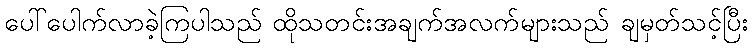
ပေါ်ပေါက်လာခဲ့ကြပါသည် ထိုသတင်းအချက်အလက်များသည် ချမှတ်သင့်ပြီး